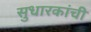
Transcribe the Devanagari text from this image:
सुधारकांची